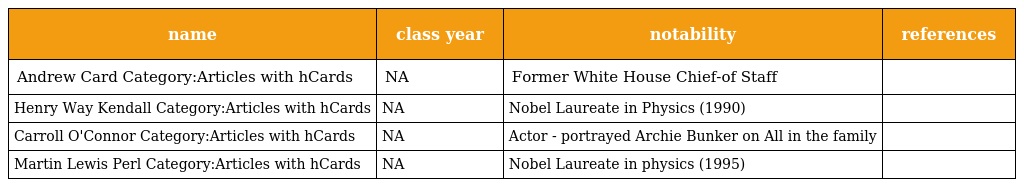
| name | class year | notability | references |
 | --- | --- | --- | --- |
 | Andrew Card Category:Articles with hCards | NA | Former White House Chief-of Staff |  |
 | Henry Way Kendall Category:Articles with hCards | NA | Nobel Laureate in Physics (1990) |  |
 | Carroll O'Connor Category:Articles with hCards | NA | Actor - portrayed Archie Bunker on All in the family |  |
 | Martin Lewis Perl Category:Articles with hCards | NA | Nobel Laureate in physics (1995) |  |